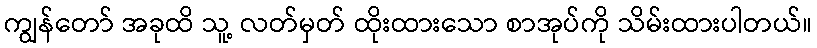
ကျွန်တော် အခုထိ သူ့ လတ်မှတ် ထိုးထားသော စာအုပ်ကို သိမ်းထားပါတယ်။